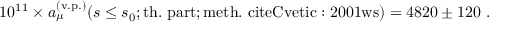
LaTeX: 1 0 ^ { 1 1 } \times a _ { \mu } ^ { \mathrm { ( v . p . ) } } ( s \leq s _ { 0 } ; \mathrm { t h . \ p a r t } ; \mathrm { m e t h . \ c i t e { C v e t i c : 2 0 0 1 w s } } ) = 4 8 2 0 \pm 1 2 0 \ .